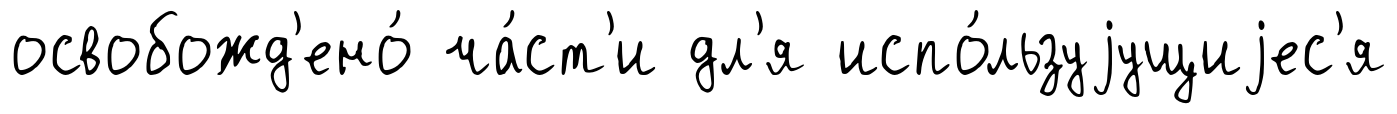
освобожд'ено́ ча́ст'и дл'я испо́льзуjущиjес'я